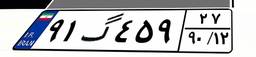
۹۱گ۴۵۹۲۷